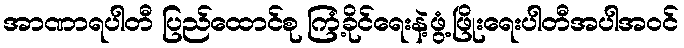
အာဏာရပါတီ ပြည်ထောင်စု ကြံ့ခိုင်ရေးနဲ့ဖွံ့ဖြိုးရေးပါတီအပါအဝင်